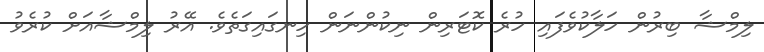
ލިމްޝާ ބިރުން ހަލާކުވެފައި ހުރެ ކޮޓަރިން ނިކުންނަން ހިނގައިގަތެވެ. އޭރު ލިމްޝާއަށް ކުރެވު